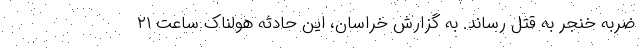
ضربه خنجر به قتل رساند. به گزارش خراسان، این حادثه هولناک ساعت ۲۱